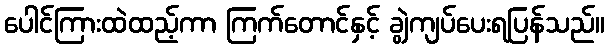
ပေါင်ကြားထဲထည့်ကာ ကြက်တောင်နှင့် ချွဲကျပ်ပေးရပြန်သည်။